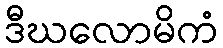
ဒီဃလောမိကံ